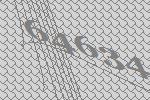
64634